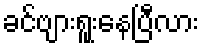
ခင်ဗျားရူးနေပြီလား